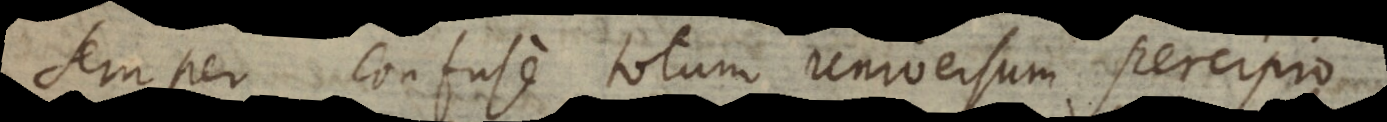
semper confuse totum universum percipio